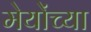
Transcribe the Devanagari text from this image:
मेयोंच्या